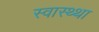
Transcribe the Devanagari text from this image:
स्वास्थ्था